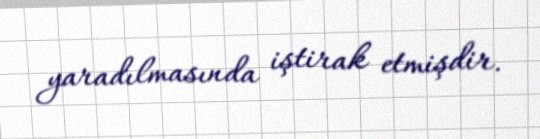
yaradılmasında iştirak etmişdir.